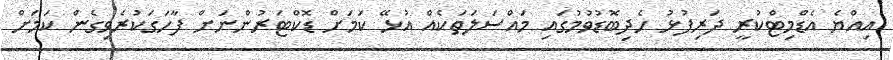
އިއްޔެ އެޑްމިޓްކުރީ ދަރިފުޅު ހެދިބޮޑުވުމުގައި މައްސަލަތަކެއް އުޅޭ ކަމަށް ޑޮކްޓަރުންނަށް ފާހަގަކުރެވިގެން ކަމަށް